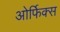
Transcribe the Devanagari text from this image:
ओर्फिक्स